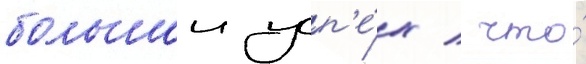
большои усп'е́х / что́